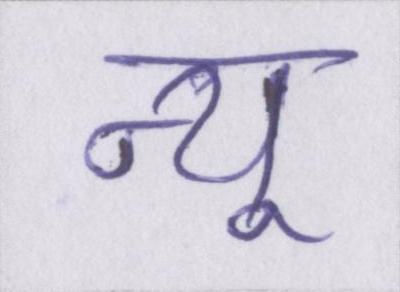
न्यू